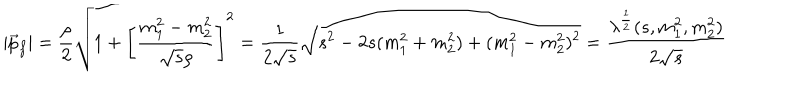
| \vec { p } _ { f } | = \frac { \rho } { 2 } \sqrt { 1 + \left[ \frac { m _ { 1 } ^ { 2 } - m _ { 2 } ^ { 2 } } { \sqrt { s } \rho } \right] ^ { 2 } } = \frac { 1 } { 2 \sqrt { s } } \sqrt { s ^ { 2 } - 2 s ( m _ { 1 } ^ { 2 } + m _ { 2 } ^ { 2 } ) + ( m _ { 1 } ^ { 2 } - m _ { 2 } ^ { 2 } ) ^ { 2 } } = \frac { \lambda ^ { \frac { 1 } { 2 } } ( s , m _ { 1 } ^ { 2 } , m _ { 2 } ^ { 2 } ) } { 2 \sqrt { s } }